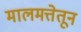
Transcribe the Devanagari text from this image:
मालमत्तेतून